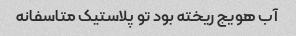
آب هویج ریخته بود تو پلاستیک متاسفانه